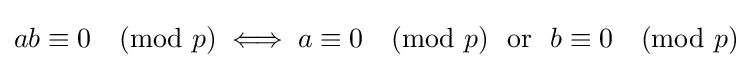
ab\equiv 0{\pmod {p}}\iff a\equiv 0{\pmod {p}}\ \ {\hbox{or}}\ \ b\equiv 0{\pmod {p}}